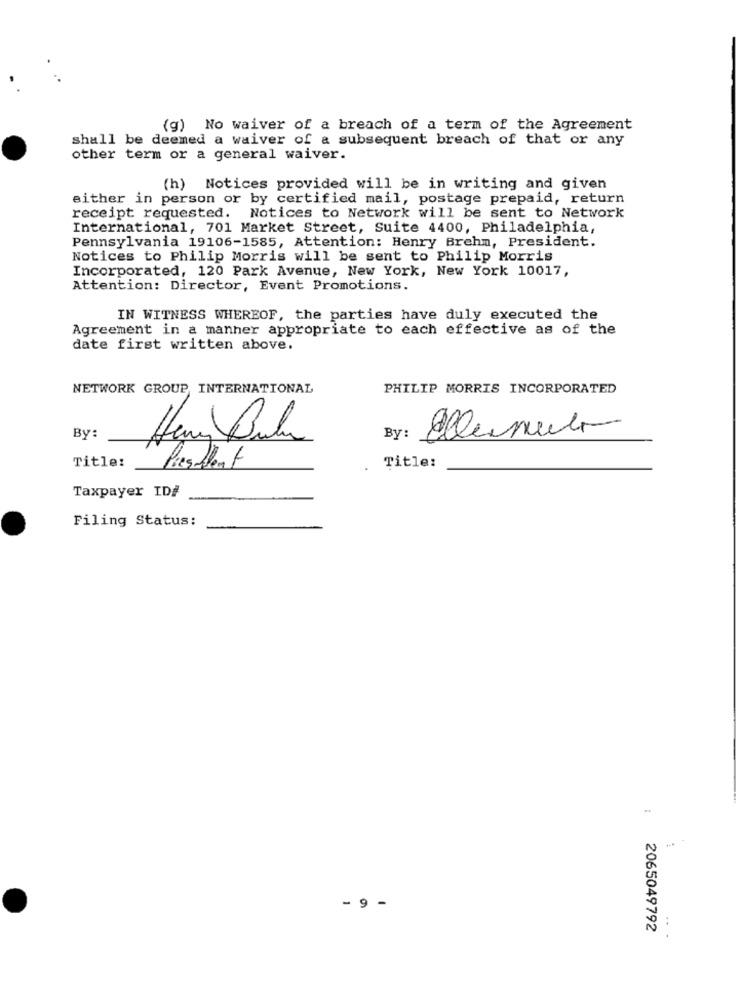
(g) No waiver of a breach of a term of the Agreement
shall be deemed a waiver of a subsequent breach of that or any
other term or a general waiver.
(h) Notices provided will be in writing and given
either in person or by certified mail, postage prepaid, return
receipt requested. Notices to Network will be sent to Network
International, 701 Market Street, Suite 4400, Philadelphia,
Pennsylvania 19106-1585, Attention: Henry Brehm, President.
Notices to Philip Morris will be sent to Philip Morris
Incorporated, 120 Park Avenue, New York, New York 10017,
Attention: Director, Event Promotions.
IN WITNESS WHEREOF, the parties have duly executed the
Agreement in a manner appropriate to each effective as of the
date first written above.
NETWORK GROUP INTERNATIONAL
PHILIP MORRIS INCORPORATED
By:
Hary Bula
By :
Ellemula
Title:
President
Title:
Taxpayer ID#
Filing Status:
. 9 -
2065049792